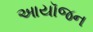
આયૉજન